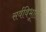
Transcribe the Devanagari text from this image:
सर्वविभूति